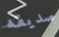
صديقه